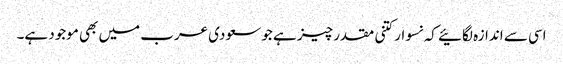
اسی سے اندازہ لگائیے کہ نسوار کتنی مقدر چیز ہے جو سعودی عرب میں بھی موجود ہے۔